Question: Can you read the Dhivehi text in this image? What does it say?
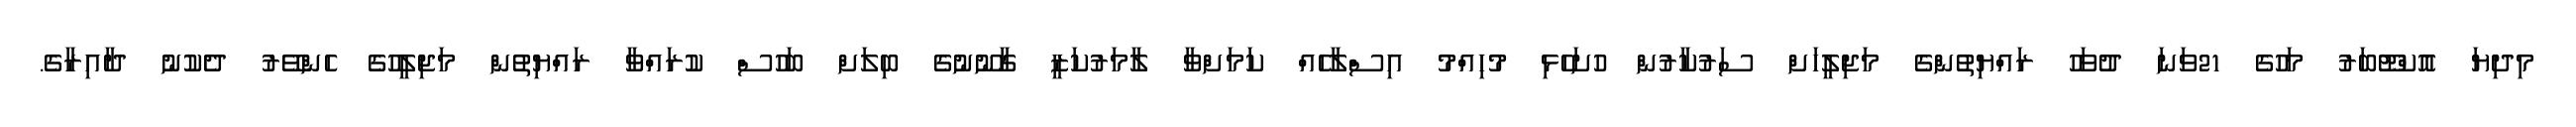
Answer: މިދިޔަ އޮކްޓޫބަރު މަހުގެ 21ވަނަ ދުވަހު ރައްޔިތުންގެ މަޖިލީހަށް ސަރުކާރުން ހުށަހެޅި މުހިއްމު އިސްލާހެއް ކަމަށްވާ ލާމަރުކަޒީ ގާނޫނުގެ ބިލަށް ބަހުސް ކުރައްވާ ރައްޔިތުން މަޖިލީހުގެ ހެންވޭރު ދެކުނު ދާއިރާގެ.